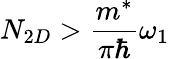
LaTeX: N_{2D}>\frac{m^{*}}{\pi\hbar}\omega_{1}